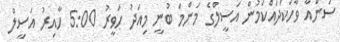
ސަންއާ ވާހަކަދައްކަމުން އަސީލްގެ މަންމަ ބުނީ މިއަދު ހަވީރު 5:00 ހާއިރު އަސީލް